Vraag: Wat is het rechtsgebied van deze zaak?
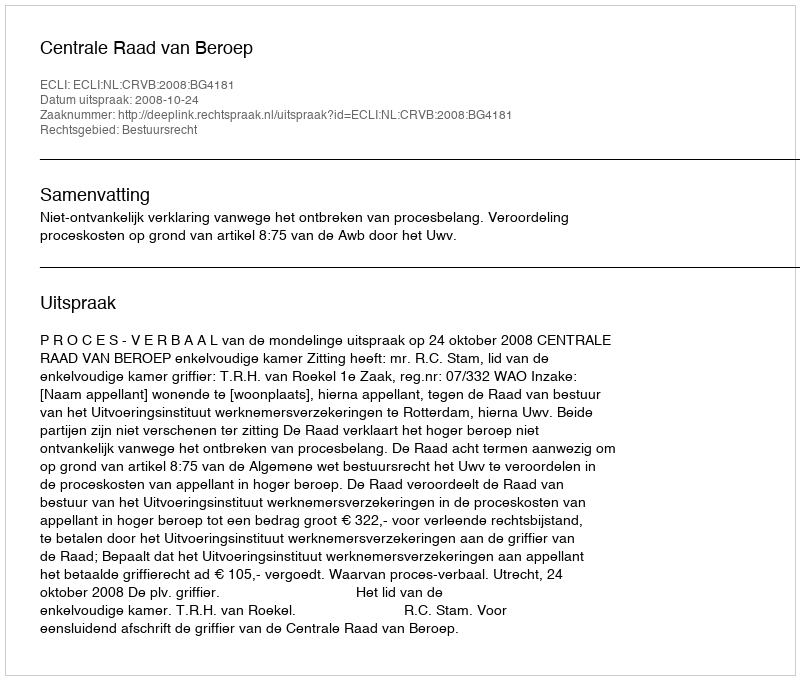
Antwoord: Bestuursrecht